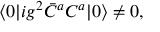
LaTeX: \langle 0 | i g ^ { 2 } \bar { C } ^ { a } C ^ { a } | 0 \rangle \not = 0 ,